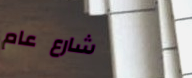
شارع عام